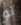
لو